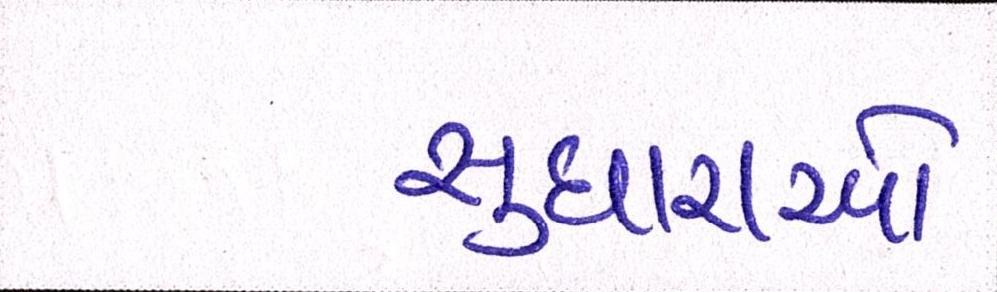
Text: સુધારાઓ